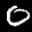
Label: 0